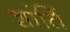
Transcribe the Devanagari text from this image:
शांतिं